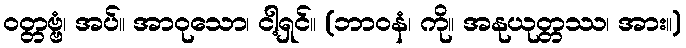
ဝတ္တဗ္ဗံ၊ အပ်။ အာဝုသော၊ ငါ့ရှင်။ (ဘာဝနံ၊ ကို။ အနုယုတ္တဿ၊ အား။)